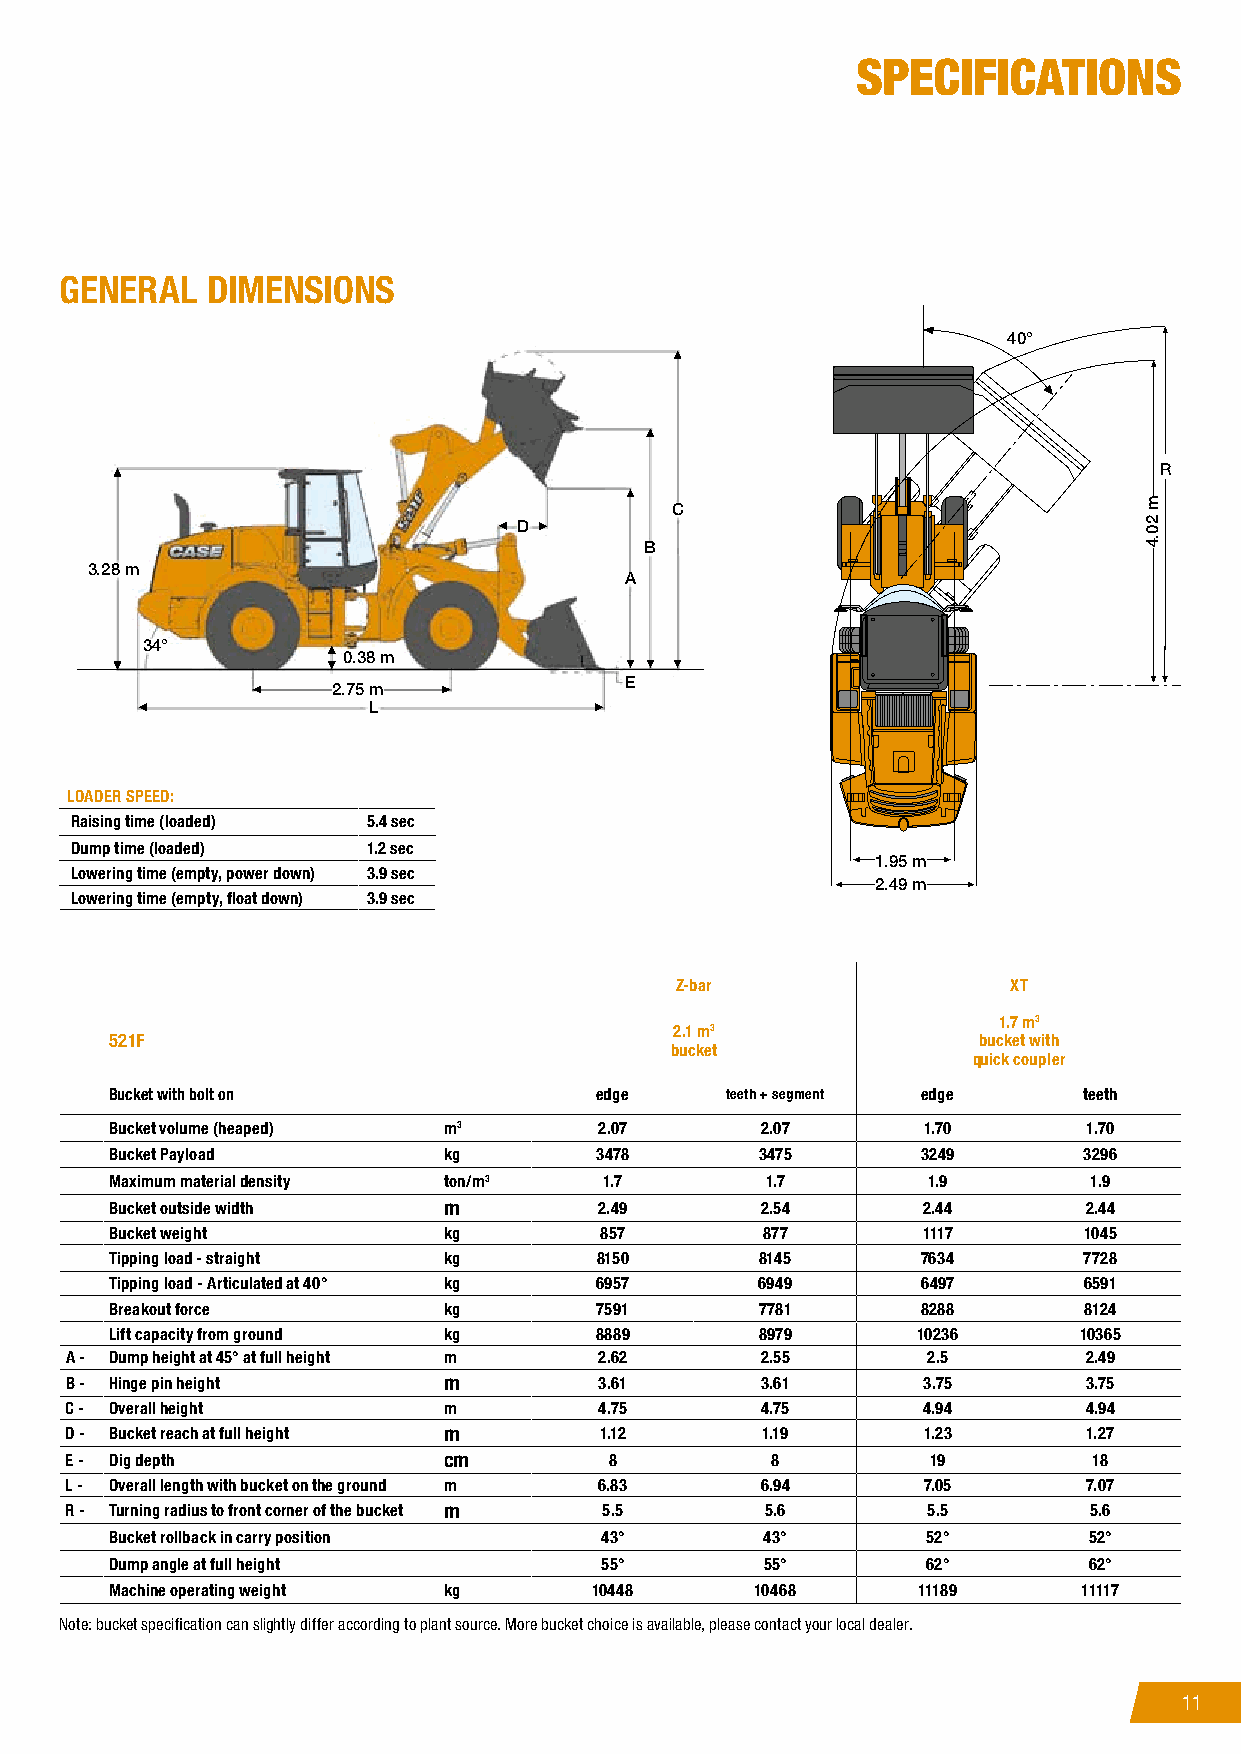
SPECIFICATIONS
 GENERAL   DIMENSIONS
 40°
 R
 C
 D
 B
 3.28 m
 A
 34°
 0.38 m
 E
 2.75 m
 L
 LOADER SPEED:
 Raising time (loaded) 5.4 sec
 Dump time (loaded) 1.2 sec
 1.95 m
 Lowering time (empty, power down) 3.9 sec
 2.49 m
 Lowering time (empty, float down) 3.9 sec
 Z-bar                 XT
 1.7 m3
 2.1 m3
 521F                                                      bucket with
 bucket
 quick coupler
 Bucket with bolt on             edge     teeth + segment edge    teeth
 Bucket volume (heaped) m3        2.07      2.07       1.70       1.70
 Bucket Payload        kg        3478       3475       3249       3296
 Maximum material density ton/m3  1.7        1.7       1.9        1.9
 Bucket outside width  m          2.49      2.54       2.44       2.44
 Bucket weight         kg         857       877        1117       1045
 Tipping load - straight kg      8150       8145       7634       7728
 Tipping load - Articulated at 40° kg 6957  6949       6497       6591
 Breakout force        kg        7591       7781       8288       8124
 Lift capacity from ground kg    8889       8979       10236     10365
 A - Dump height at 45° at full height m 2.62  2.55       2.5        2.49
 B - Hinge pin height     m          3.61      3.61       3.75       3.75
 C - Overall height       m          4.75      4.75       4.94       4.94
 D - Bucket reach at full height m   1.12      1.19       1.23       1.27
 E - Dig depth            cm         8          8          19        18
 L - Overall length with bucket on the ground m 6.83 6.94 7.05       7.07
 R - Turning radius to front corner of the bucket m 5.5 5.6 5.5      5.6
 Bucket rollback in carry position 43°       43°       52°        52°
 Dump angle at full height        55°        55°       62°        62°
 Machine operating weight kg     10448      10468      11189      11117
 Note: bucket specification can slightly differ according to plant source. More bucket choice is available, please contact your local dealer.
 1111
 m
 20.4